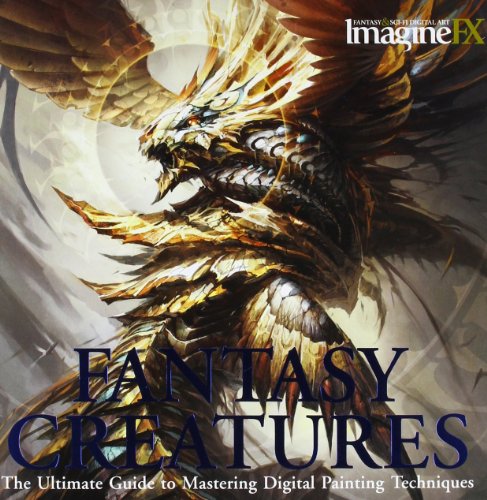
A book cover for Fantasy Creatures: The Ultimate Guide to Mastering Digital Painting Techniques (ImagineFX); ImagineFX; Computers & Technology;